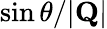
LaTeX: \sin\theta/|\mathbf{Q}|